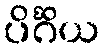
ပိင်္ဂိယ